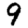
Digit: 9